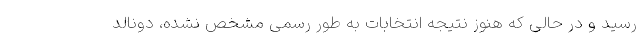
رسید و در حالی که هنوز نتیجه انتخابات به طور رسمی مشخص نشده، دونالد